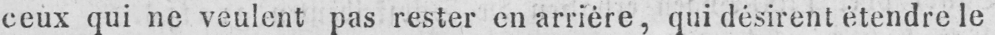
ceux qui ne veulent pas rester en arrière, qui désirent étendre le